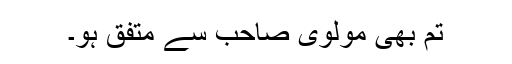
تم بھی مولوی صاحب سے متفق ہو۔